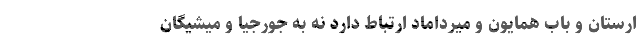
ارستان و باب همایون و میرداماد ارتباط دارد نه به جورجیا و میشیگان